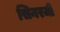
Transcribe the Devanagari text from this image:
सिनरजी